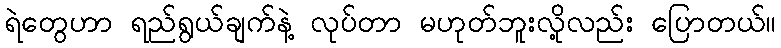
ရဲတွေဟာ ရည်ရွယ်ချက်နဲ့ လုပ်တာ မဟုတ်ဘူးလို့လည်း ပြောတယ်။